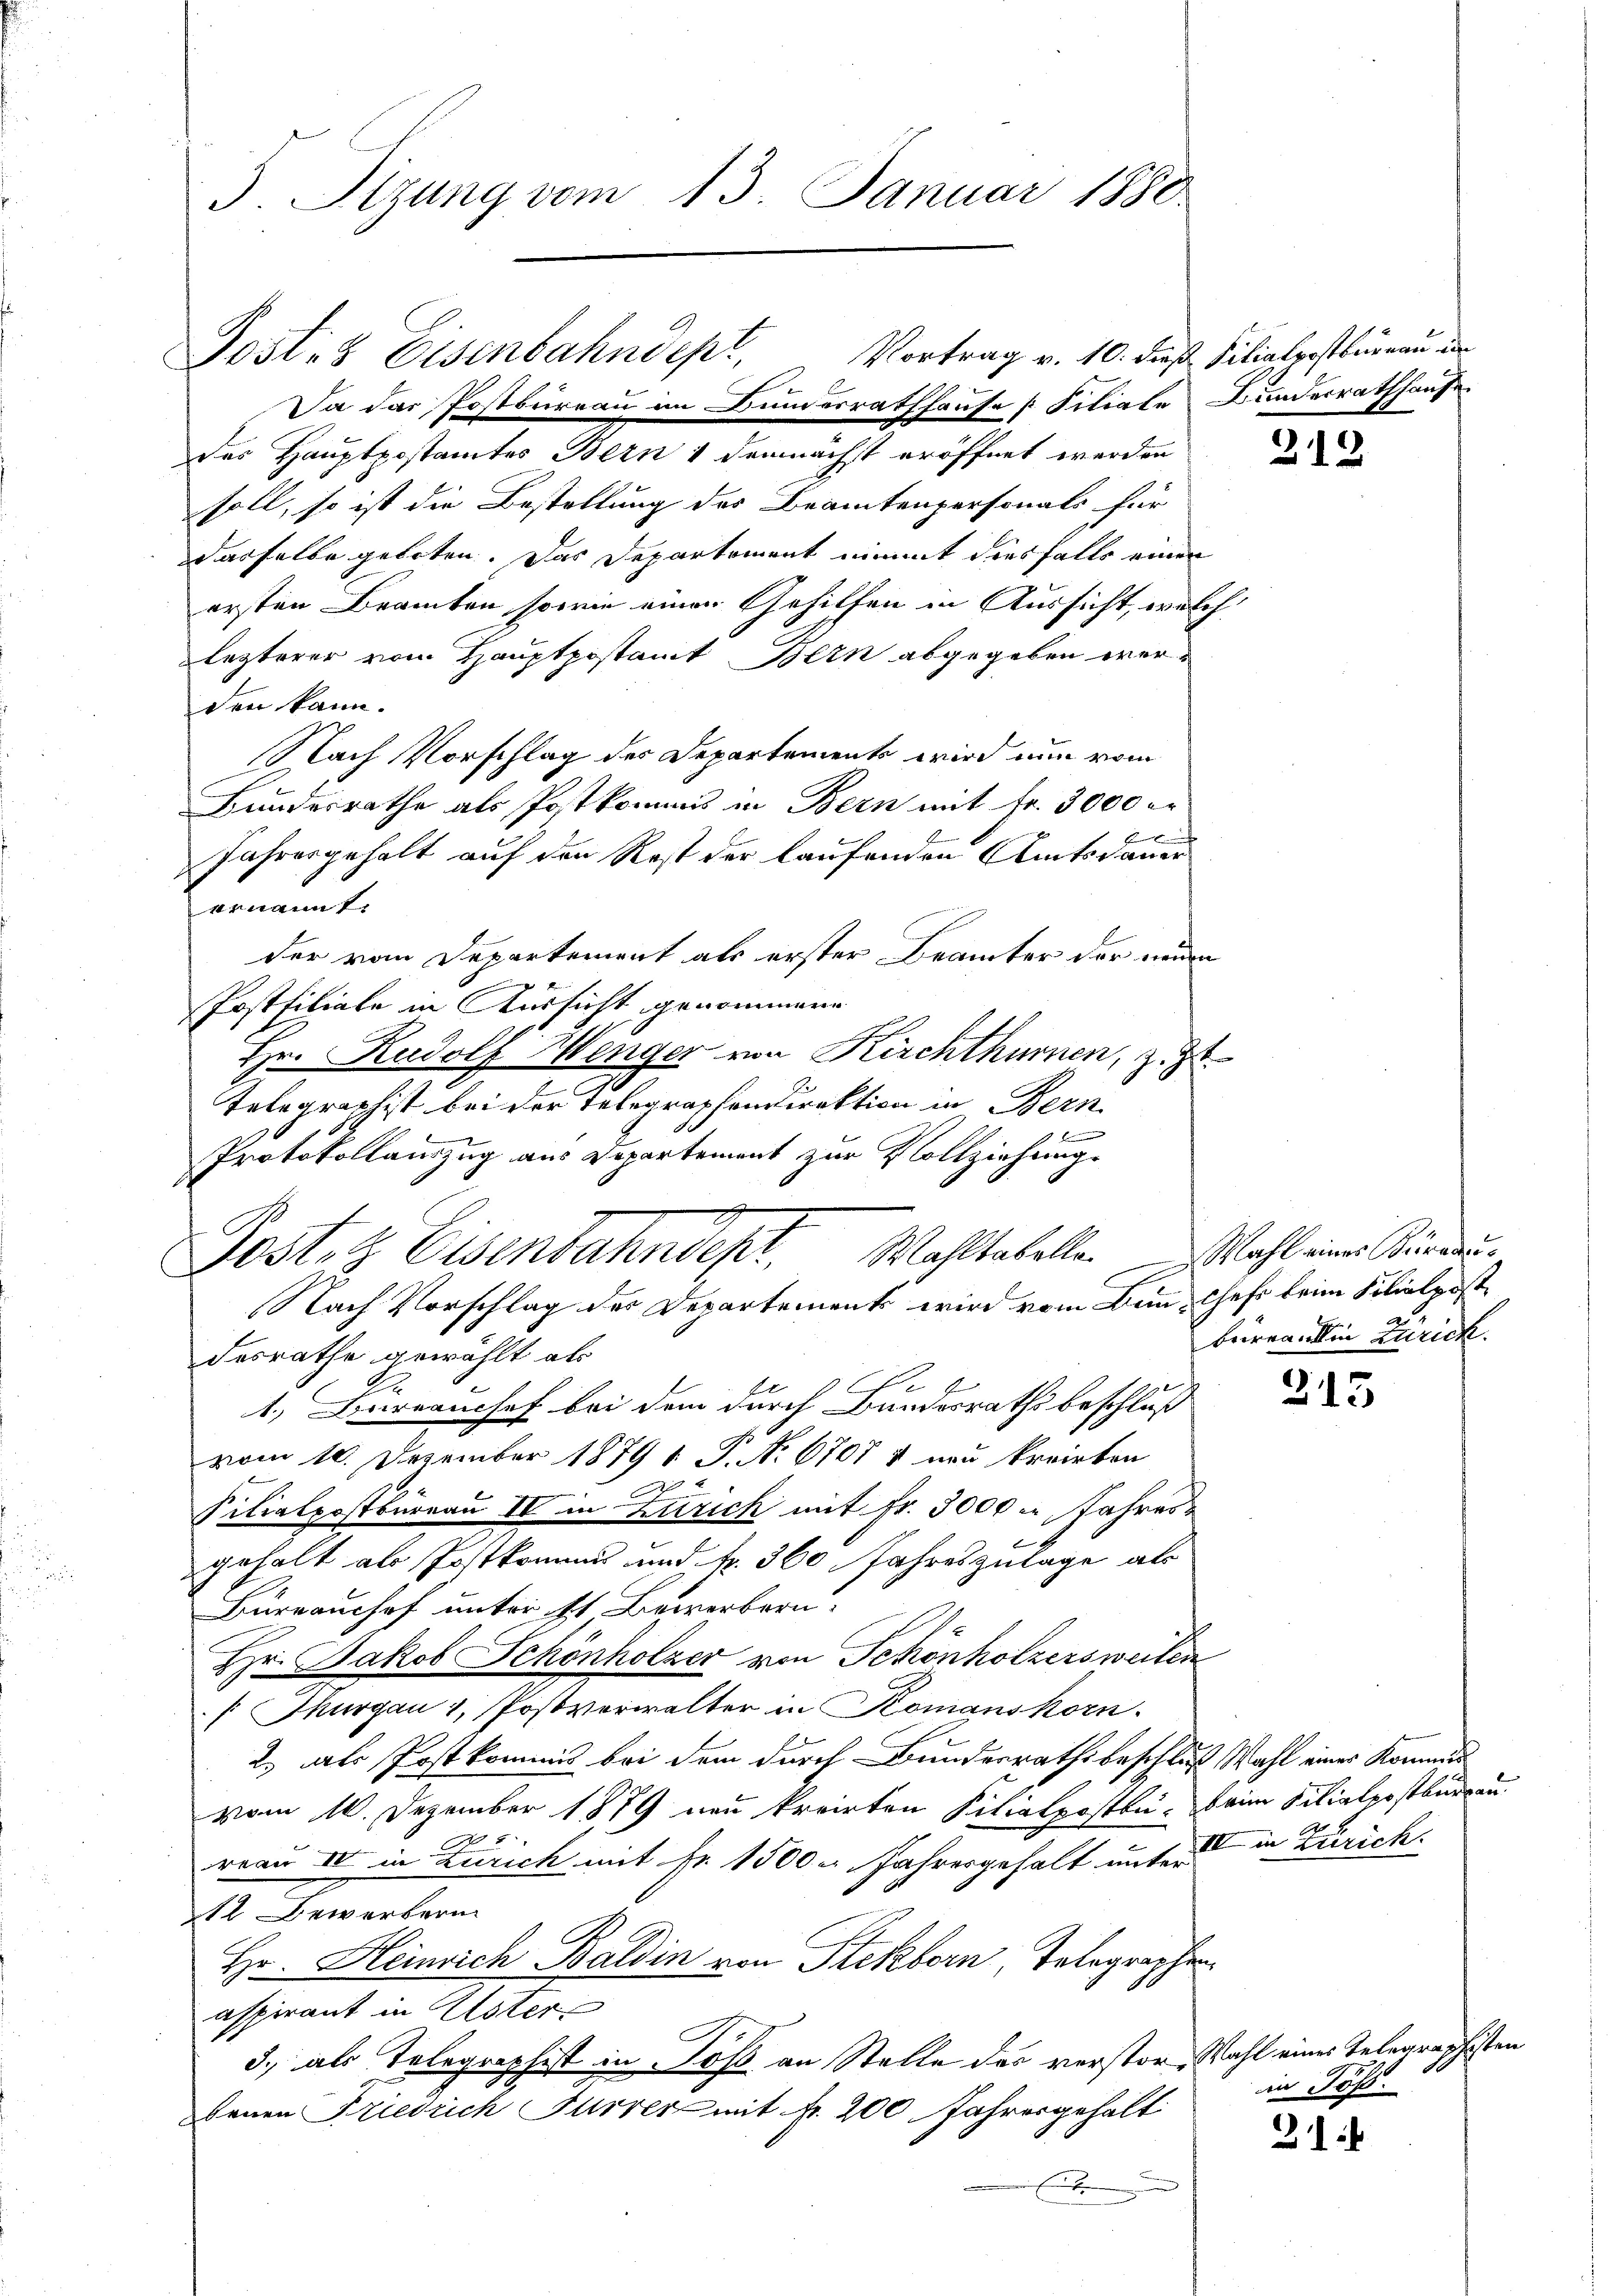
5. Sizung vom 13. Januar 1880

des Hauptpostamtes Bern & demnächst eröffnet werden
soll, so ist die Bestellung des Beamtenpersonals für
dasselbe geboten. Das Departement nimmt diesfalls einen
ersten Beamten, sowie einen Gehilfen in Aussicht, welch
lezterer vom Hauptpostamt Bern abgegeben werden kann.
Nach Vorschlag des Departements wird nun vom
Bundesrathe als Postkommis in Bern mit Fr. 3000 er
d
x
Jahresgehalt auf den Rest der laufenden Amtsdauer
ernannt.
der vom Departement als erster Beamter der neuen
Postfiliale in Aussicht genommene
Hr. Rudolf Menger von Kirchthumen, z. Zt
Telegraphist bei der Telegraphendirektion in Bern
Protokollauszug aus Departement zur Vollziehung.
desrathe gewählt als
E
1.) Berrauchef bei dem durch Bundesraths beschluß
vom 10. Dezember 1879 1 P. No 6707 & neu kreisten
Filialpostbureau IV in Zürich mit Fr. 3000 u. Jahres¬
5
gehalt als Postkommt und N. 360 Jahreszulage als
Bureaushof unter 11 Bewerbern
Hr. Jakob Schönholzer von Schönholzersweilen
[Thurgau 1, Postverwalter in Komanskorn.
2.) als Post kommis bei dem durch Bundesrathsbeschluß Wahl eines Kommen
vom 10. Dezember 1879 neu kreisten Filialposten, beim Filialpostbureau
5
reau IV in Zürich mit Fr. 1500 u. Jahresgehalt unter in Zürich.
I. Gewerben.
Hr. Heinrich Baldin von Stekborn, Telegraphen
aspirant in Uster
3., als Telegraphist in Töß an Stelle der verstor Wahl eines Telegraphisten
benen Friedrich Furrer mit Fr. 200 Jahresgehalt
E

Postiz Eisenbahndepl, Vortrag v. 10. dieß Filialpostbureau in
Da das Postbureau im Bundesrathhause [ Filiale Bundesrathhause

Postenz Eisenbahndept. Wahltabelle. Wahl eine Sinnen¬
Nach Vorschlag der Departements wird vom Bun-Chef beim Foliolpost

1
312

beirrantin Zurick.

215

in Töß.

31